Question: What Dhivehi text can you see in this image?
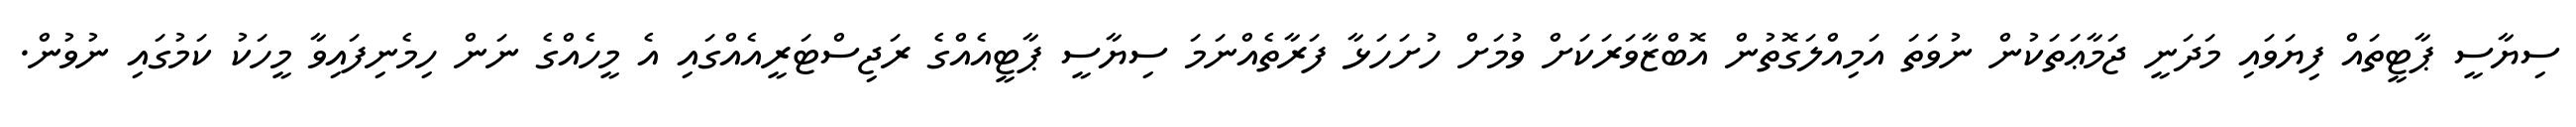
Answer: ސިޔާސީ ޕާޓީތައް ފިޔަވައި މަދަނީ ޖަމާޢަތަކުން ނުވަތަ އަމިއްލަގޮތުން އޮބްޒާވަރަކަށް ވުމަށް ހުށަހަޅާ ފަރާތެއްނަމަ ސިޔާސީ ޕާޓީއެއްގެ ރަޖިސްޓަރީއެއްގައި އެ މީހެއްގެ ނަން ހިމެނިފައިވާ މީހަކު ކަމުގައި ނުވުން.